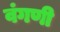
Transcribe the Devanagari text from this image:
वंगणी